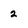
Character: 2